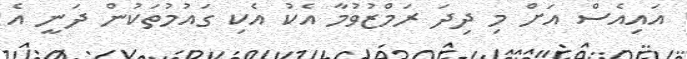
އައިއެސް އަށް މި ދިދަ ރަމްޒުވުމާ އެކު އެކި ގައުމުތަކުން ދަނީ އެ